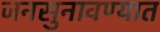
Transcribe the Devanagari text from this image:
जनसुनावण्यात